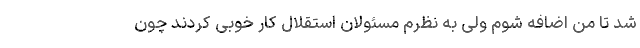
شد تا من اضافه شوم ولی به نظرم مسئولان استقلال کار خوبی کردند چون